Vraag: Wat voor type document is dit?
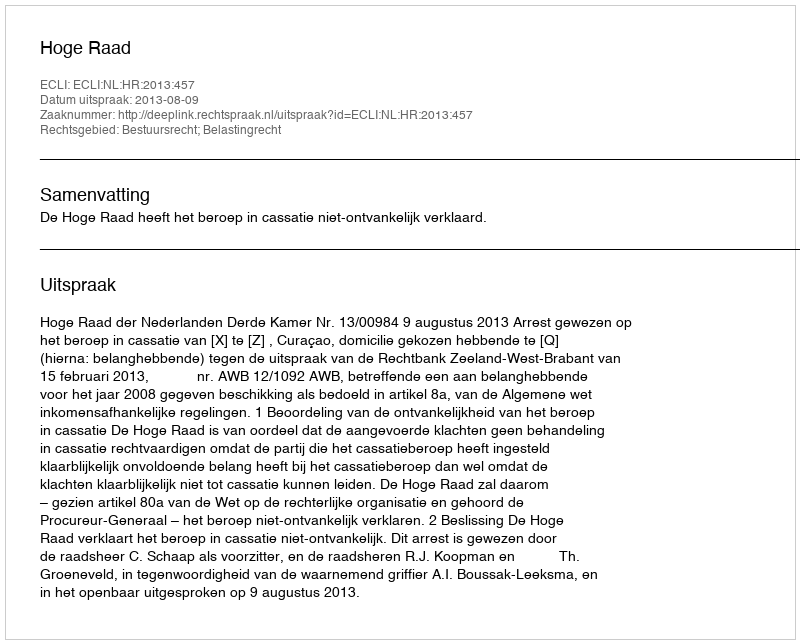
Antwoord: Uitspraak